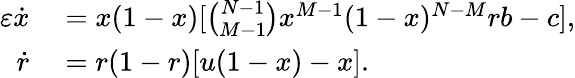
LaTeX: \begin{array}{rl}{\varepsilon\dot{x}}&{{}=x(1-x)[\binom{N-1}{M-1}x^{M-1}(1-x)^{N-M}rb-c],}\\ {\dot{r}}&{{}=r(1-r)[u(1-x)-x].}\end{array}